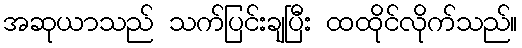
အဆုယာသည် သက်ပြင်းချပြီး ထထိုင်လိုက်သည်။